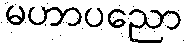
မဟာပညော